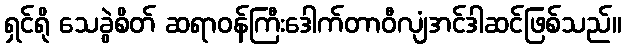
ရှင်ရို သေခွဲစိတ် ဆရာဝန်ကြီးဒေါက်တာဝီလျံအင်ဒါဆင်ဖြစ်သည်။